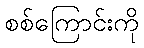
စစ်ကြောင်းကို